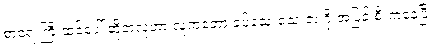
စာရေးကြီးထင်ပေါ် ဆိုတဲ့လူဟာ လူကတော့ ခပ်သေးသေးဘဲ ဂိုးအပြင် စီးကနေပြီး